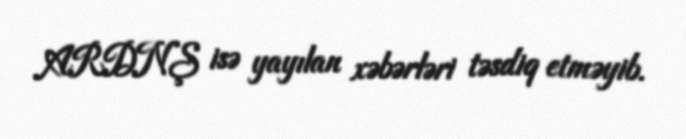
ARDNŞ isə yayılan xəbərləri təsdiq etməyib.